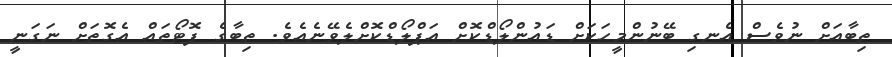
ތިބާއަށް ނުވެސް އެނގި ބޭނުންމީހަކަށް ޑައުންލޯޑްކޮށް އަޕްލޯޑްކޮށްލެވޭނެއެވެ. ތިބާގެ ފޮޓޯތައް އެގޮތަށް ނަގަނީ